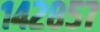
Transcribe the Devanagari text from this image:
१४२८५७